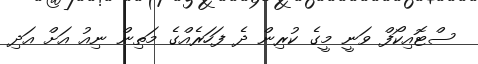
ސްޓޮއިކޯފް ވަނީ މީގެ ކުރިން ދެ ފަހަރެއްގެ މަތިން ނިއު އަށް އަދި